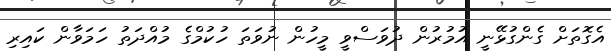
އެގޮތަށް ގެންގުޅޭނީ އުމުރުން ދުވަސްވީ މީހުން ނުވަތަ ހުކުމްގެ މުއްދަތު ހަމަވާން ކައިރި